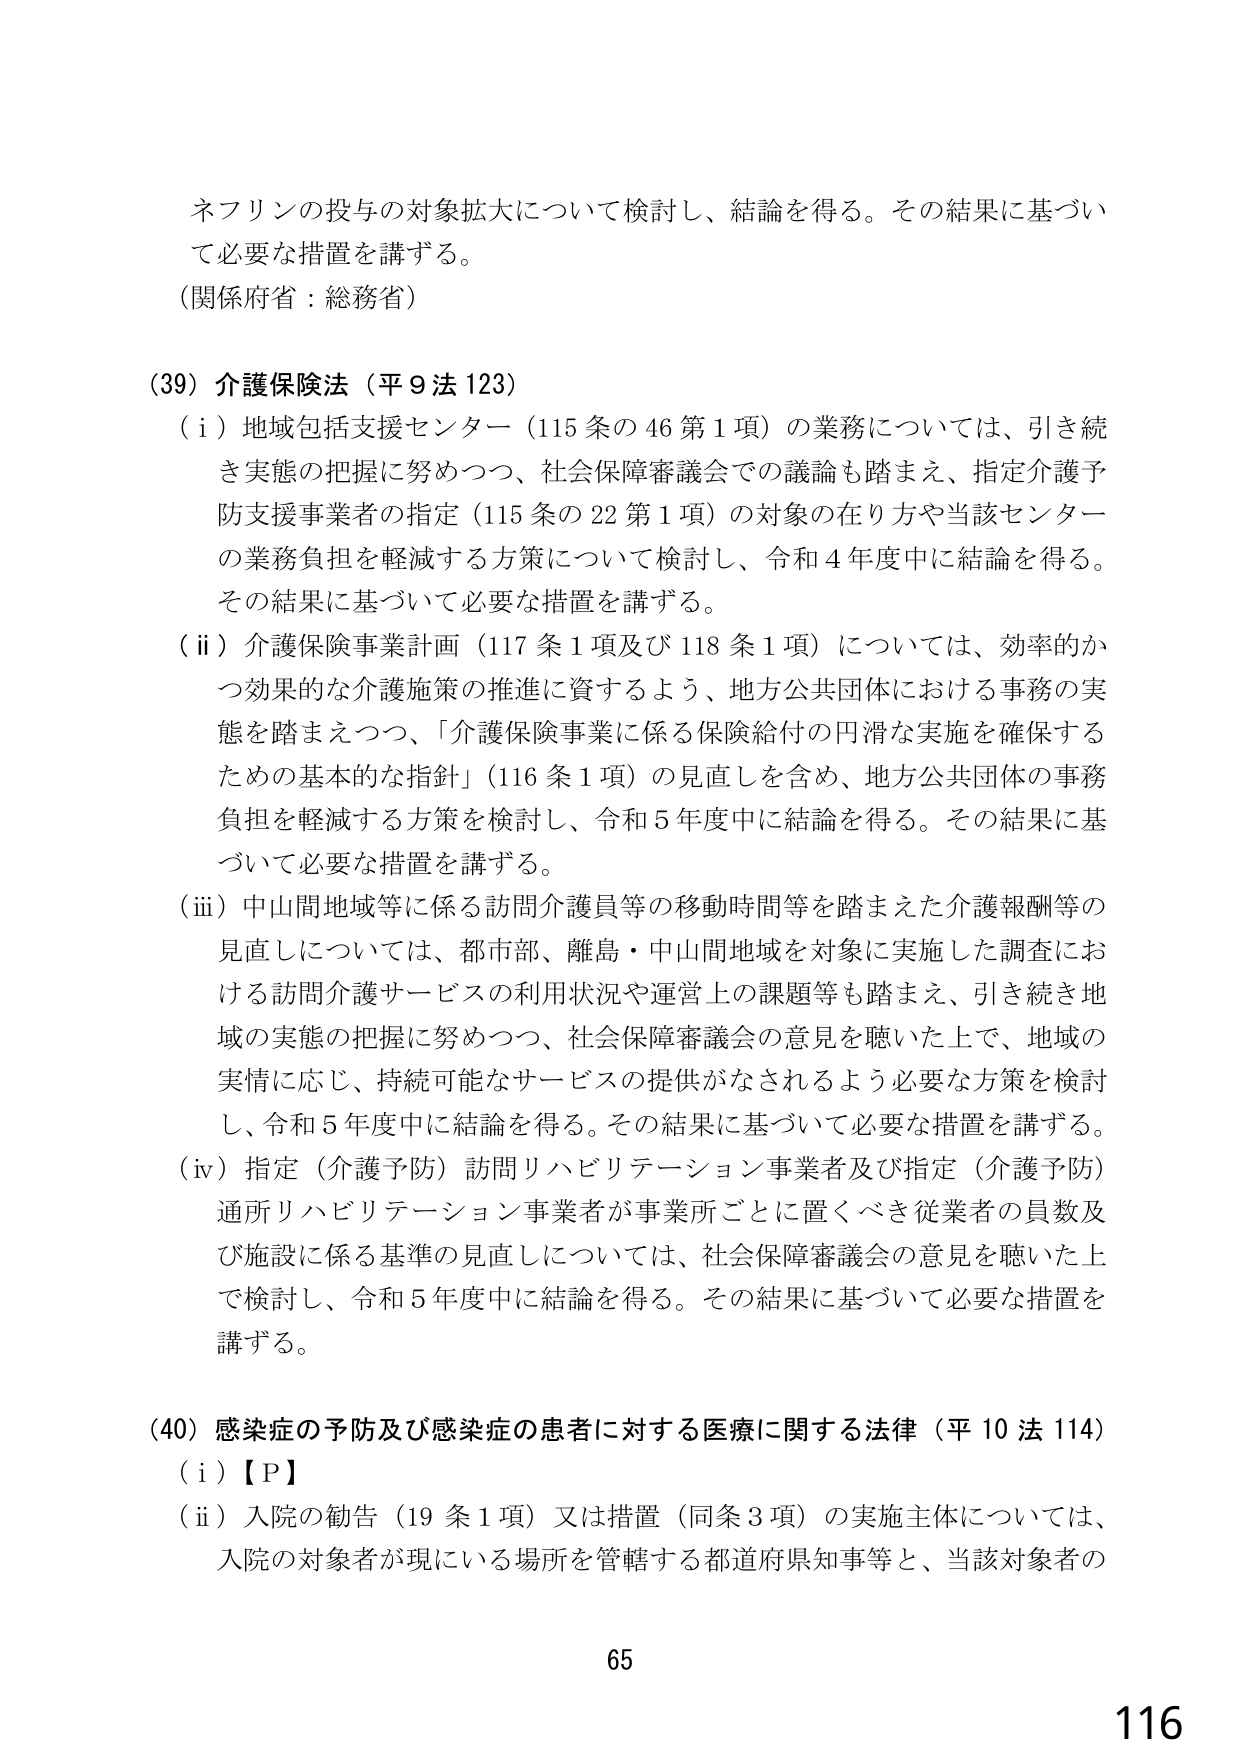
ネフリンの投与の対象拡大について検討し、結論を得る。その結果に基づいて必要な措置を講ずる。
（関係府省：総務省）

（39）介護保険法（平9法123）
（i）地域包括支援センター（115条の46第1項）の業務については、引き続き実態の把握に努めつつ、社会保障審議会での議論も踏まえ、指定介護予防支援事業者の指定（115条の22第1項）の対象の在り方や当該センターの業務負担を軽減する方策について検討し、令和4年度中に結論を得る。その結果に基づいて必要な措置を講ずる。
（ii）介護保険事業計画（117条1項及び118条1項）については、効率的かつ効果的な介護施策の推進に資するよう、地方公共団体における事務の実態を踏まえつつ、「介護保険事業に係る保険給付の円滑な実施を確保するための基本的な指針」（116条1項）の見直しを含め、地方公共団体の事務負担を軽減する方策を検討し、令和5年度中に結論を得る。その結果に基づいて必要な措置を講ずる。
（iii）中山間地域等に係る訪問介護員等の移動時間等を踏まえた介護報酬等の見直しについては、都市部、離島・中山間地域を対象に実施した調査における訪問介護サービスの利用状況や運営上の課題等も踏まえ、引き続き地域の実態の把握に努めつつ、社会保障審議会の意見を聴いた上で、地域の実情に応じ、持続可能なサービスの提供がなされるよう必要な方策を検討し、令和5年度中に結論を得る。その結果に基づいて必要な措置を講ずる。
（iv）指定（介護予防）訪問リハビリテーション事業者及び指定（介護予防）通所リハビリテーション事業者が事業所ごとに置くべき従業者の員数及び施設に係る基準の見直しについては、社会保障審議会の意見を聴いた上で検討し、令和5年度中に結論を得る。その結果に基づいて必要な措置を講ずる。

（40）感染症の予防及び感染症の患者に対する医療に関する法律（平10法114）
（i）【P】
（ii）入院の勧告（19条1項）又は措置（同条3項）の実施主体については、入院の対象者が現にいる場所を管轄する都道府県知事等と、当該対象者の

65
116